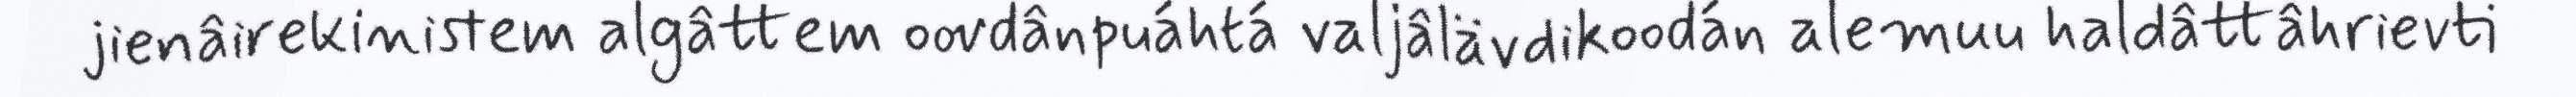
jienâirekinistem algâttem oovdânpuáhtá valjâlävdikoodán alemuu haldâttâhrievti